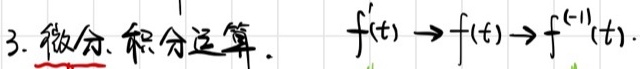
3. 微分. 积分运算. \(f^{\prime}(t)\to f(t)\to f^{(-1)}(t)\)